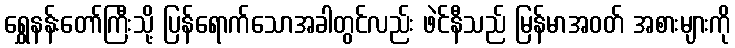
ရွှေနန်းတော်ကြီးသို့ ပြန်ရောက်သောအခါတွင်လည်း ဖဲင်နီသည် မြန်မာအဝတ် အစားများကို